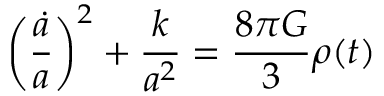
\biggl ( { \frac { \dot { a } } { a } } \biggr ) ^ { 2 } + { \frac { k } { a ^ { 2 } } } = { \frac { 8 \pi G } { 3 } } \rho ( t )